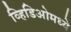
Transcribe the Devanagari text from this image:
व्हिडिओमध्ये